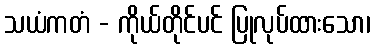
သယံကတံ - ကိုယ်တိုင်ပင် ပြုလုပ်ထားသော၊